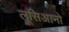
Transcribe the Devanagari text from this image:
लूसिआनो